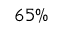
6 5 \%